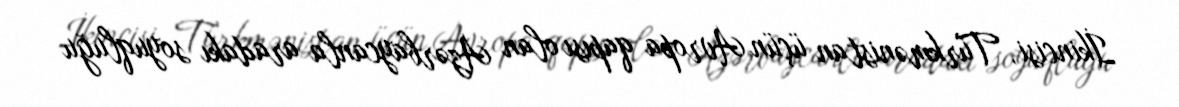
İkincisi, Türkmənistan üçün Avropa qapısı olan Azərbaycanla aradakı soyuqluğu